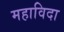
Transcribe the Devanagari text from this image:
महाविदा